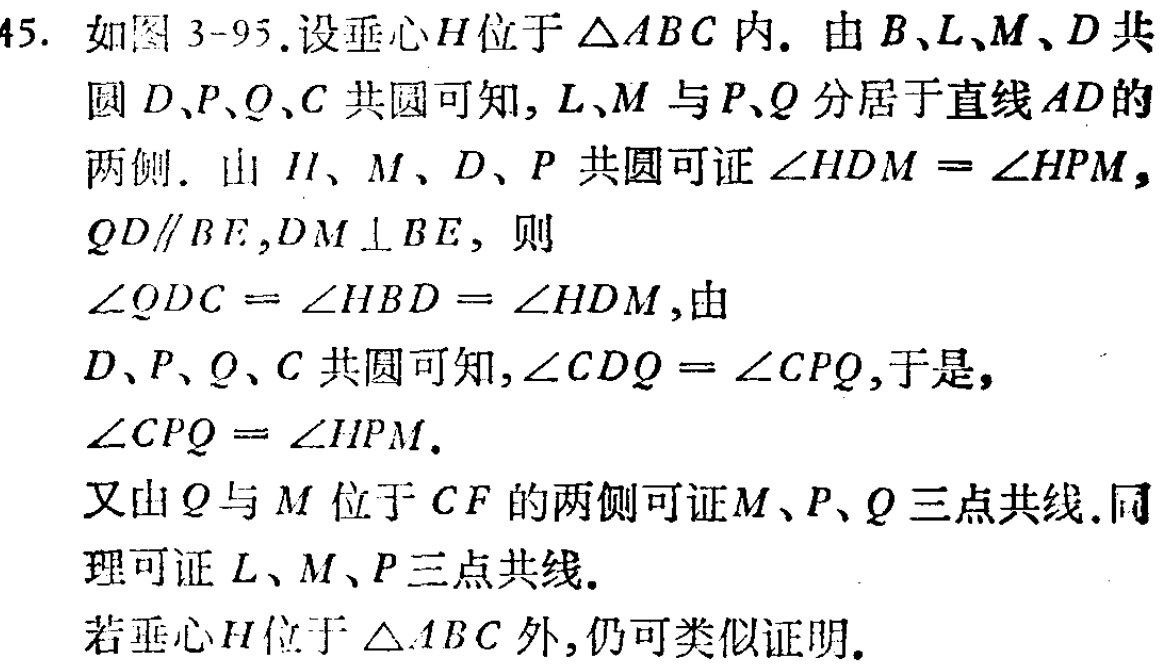
45. 如图 3-95.设垂心\(H\)位于\(\triangle ABC\)内. 由\(B\)、\(L\)、\(M\)、\(D\)共圆 \(D\)、\(P\)、\(Q\)、\(C\)共圆可知, \(L\)、\(M\) 与\(P\)、\(Q\)分居于直线\(AD\)的两侧. 由 \(H\)、\(M\)、\(D\)、\(P\) 共圆可证\(\angle HDM = \angle HPM\), \(QD\parallel BE\),\(DM \perp BE\), 则\(\angle QDC = \angle HBD = \angle HDM\),由\(D\)、\(P\)、\(Q\)、\(C\) 共圆可知,\(\angle CDQ = \angle CPQ\),于是,\(\angle CPQ = \angle HPM\).又由\(Q\)与\(M\) 位于 \(CF\) 的两侧可证\(M\)、\(P\)、\(Q\)三点共线.同理可证 \(L\)、\(M\)、\(P\)三点共线.若垂心\(H\)位于\(\triangle ABC\)外,仍可类似证明.